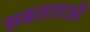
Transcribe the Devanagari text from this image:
सबलताओं